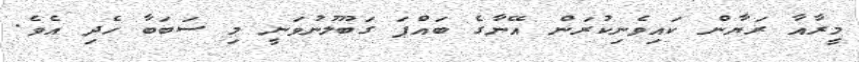
މީރާއާ ރަޔާން ކައިވެނިކުރަން އޭނާގެ ބައްޕަ ގަބޫލުނުވަނީ މި ސަބަބާ ހެދި އެވެ.